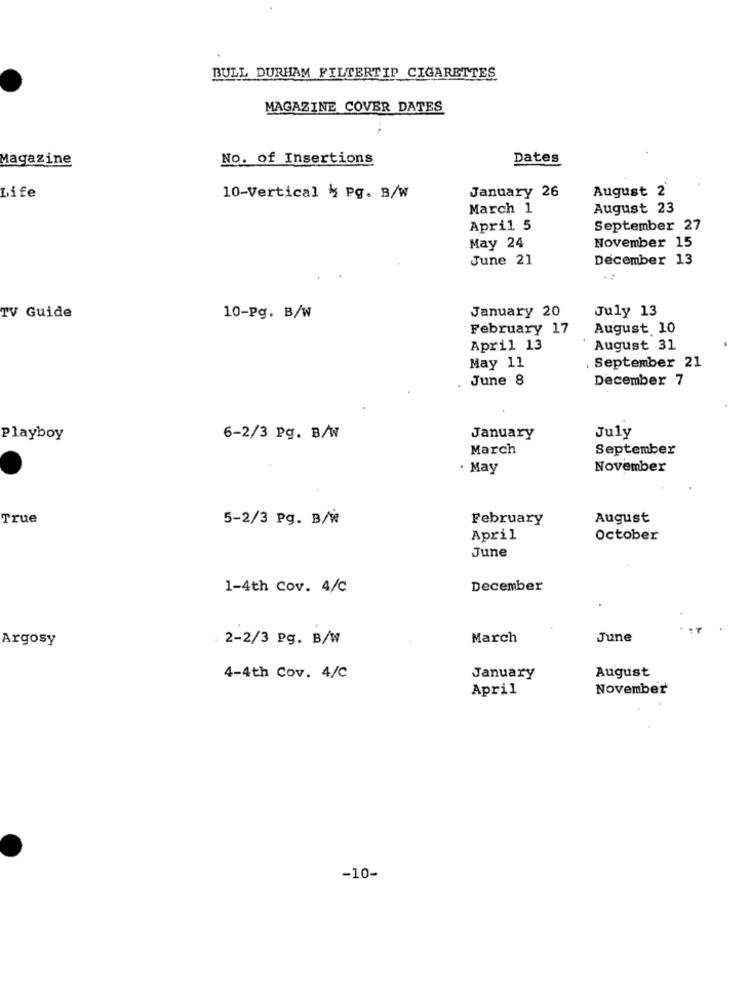
BULL DURHAM FILTERTIP CIGARETTES
MAGAZINE COVER DATES
Magazine
No. of Insertions
Dates
January 26
August 2
Life
10-Vertical & Pg. B/w
March 1
August 23
April 5
September 27
May 24
November 15
June 21
December 13
January 20
TV Guide
10-pg. B/w
July 13
February 17
August 10
April 13
August 31
May 11
.September 21
June 8
December 7
July
Playboy
6-2/3 Pg. B/W
January
March
September
· May
November
True
5-2/3 Pg. B/W
February
August
April
October
June
1-4th Cov. 4/C
December
Argosy
2-2/3 Pg. B/W
March
June
August
4-4th Cov. 4/C
January
April
November
-10-